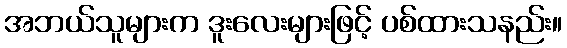
အဘယ်သူများက ဒူးလေးများဖြင့် ပစ်ထားသနည်း။